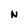
Character: N